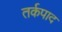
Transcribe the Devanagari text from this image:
तर्कपाद